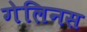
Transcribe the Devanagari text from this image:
गेलिनस